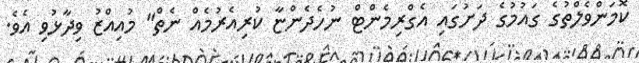
ކޮމަންވެލްތުގެ ގައުމުގެ ދަށުގައި އެގްރިމެންޓް ނުހެދެންޏާ ކުރިއެރުމެއް ނެތް" މުއިއްޒު ވިދާޅުވި އެވެ.